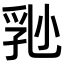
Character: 𡮈